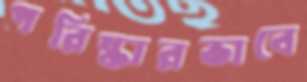
পরিষ্কারভাবে